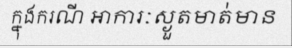
ក្នុងករណី អាការៈស្ងួតមាត់មាន